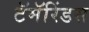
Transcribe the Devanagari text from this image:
टॅमॅरिंडस